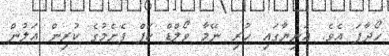
ހޯދާފަ އެވެ. އަނިޔާގައި ހުރި ނޭމާ ވޯލްޑް ކަޕް ފެށެމުގެ ކުރިން އަލުން